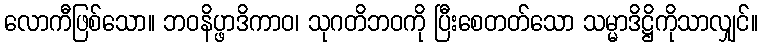
လောကီဖြစ်သော။ ဘဝနိပ္ဖာဒိကာဝ၊ သုဂတိဘဝကို ပြီးစေတတ်သော သမ္မာဒိဋ္ဌိကိုသာလျှင်။